Plague in India, 1896, 1897 - Volume 1
Year: 1896
Disease focus: Plague
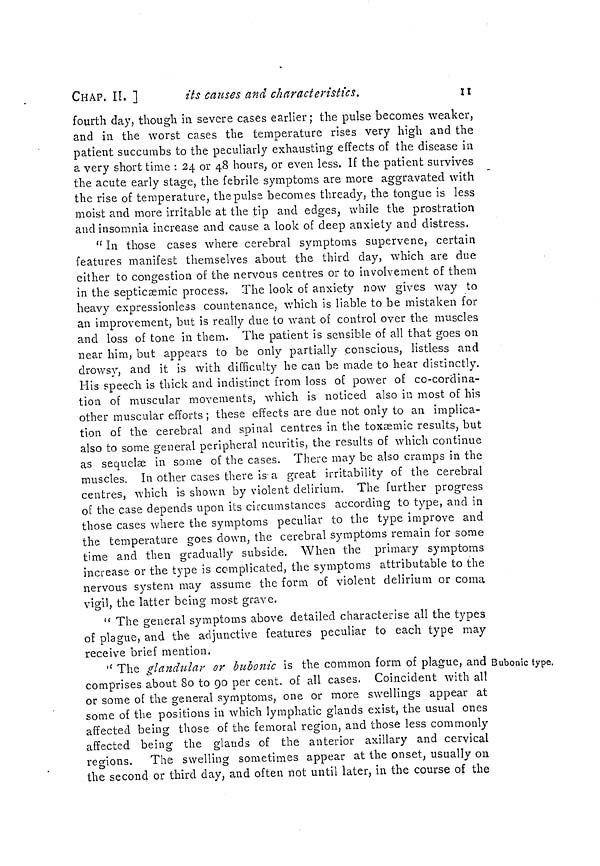
CHAP. II. ]
its causes and characteristics.
II
fourth day, though in severe cases earlier ; the pulse becomes weaker,
and in the worst cases the temperature rises very high and the
patient succumbs to the peculiarly exhausting effects of the disease in
a very short time : 24 or 48 hours, or even less. If the patient survives
the acute early stage, the febrile symptoms are more aggravated with
the rise of temperature, the pulse becomes thready, the tongue is less
moist and more irritable at the tip and edges, while the prostration
and insomnia increase and cause a look of deep anxiety and distress.
" In those cases where cerebral symptoms supervene, certain
features manifest themselves about the third day, which are due
either to congestion of the nervous centres or to involvement of them
in the septicæmie process. The look of anxiety now gives way to
heavy expressionless countenance, which is liable to be mistaken for
an improvement, but is really due to want of control over the muscles
and loss of tone in them. The patient is sensible of ail that goes on
near him, but appears to be only partially conscious, listless and
drowsy, and it is with difficulty he can be made to hear distinctly.
His speech is thick and indistinct from loss of power of co-cordina-
tion of muscular movements, which is noticed also in most of his
other muscular efforts ; these effects are due not only to an implica-
tion of the cerebral and spinal centres in the toxæmic results, but
also to some general peripheral neuritis, the results of which continue
as sequelae in some of the cases. There may be also cramps in the
muscles. In other cases there is a great irritability of the cerebral
centres, which is shown by violent delirium. The further progress
of the case depends upon its circumstances according to type, and in
those cases where the symptoms peculiar to the type improve and
the temperature goes down, the cerebral symptoms remain for some
time and then gradually subside. When the primary symptoms
increase or the type is complicated, the symptoms attributable to the
nervous system may assume the form of violent delirium or coma
vigil, the latter being most grave.
" The general symptoms above detailed characterise all the types
of plague, and the adjunctive features peculiar to each type may
receive brief mention.
Bubonic type.
" The glandular or bubonic is the common form of plague, and
comprises about So to 90 per cent. of all cases. Coincident with all
or some of the general symptoms, one or more swellings appear at
some of the positions in which lymphatic glands exist, the usual ones
affected being those of the femoral region, and those less commonly
affected being the glands of the anterior axillary and cervical
regions. The swelling sometimes appear at the onset, usually on
the second or third day, and often not until later, in the course of the